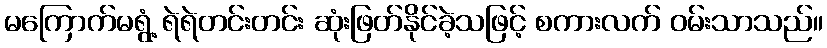
မကြောက်မရွံ့ ရဲရဲတင်းတင်း ဆုံးဖြတ်နိုင်ခဲ့သဖြင့် စကားလက် ဝမ်းသာသည်။